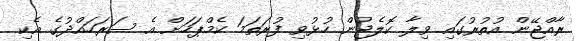
ރާއްޖޭން އުތުރުގައި ވިލާ ކޮލެޖުން ހުޅުވި ފުރަތަމަ ކެމްޕަހަށް އެ ސަރަހައްދުގެ އެކި